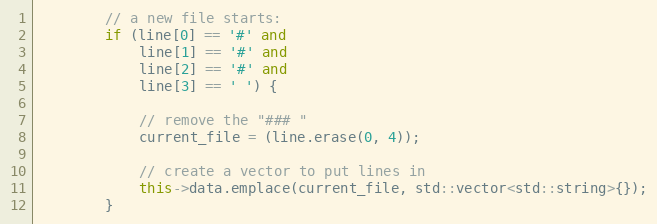
Language: C++
		// a new file starts:
		if (line[0] == '#' and
		    line[1] == '#' and
		    line[2] == '#' and
		    line[3] == ' ') {

			// remove the "### "
			current_file = (line.erase(0, 4));

			// create a vector to put lines in
			this->data.emplace(current_file, std::vector<std::string>{});
		}